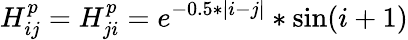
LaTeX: H_{ij}^{p}=H_{ji}^{p}=e^{-0.5*|i-j|}*\sin(i+1)